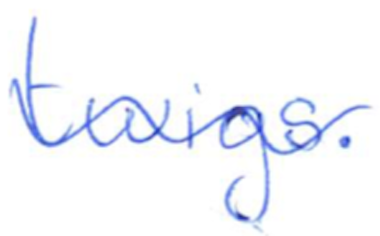
Text: twigs.
Cross-out: mix
Writing tool: ballpoint